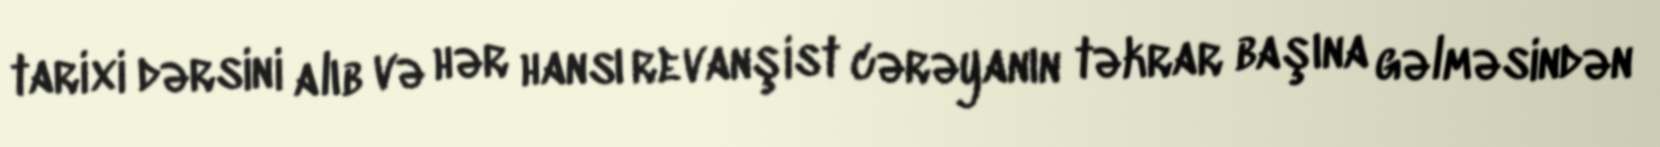
tarixi dərsini alıb və hər hansı revanşist cərəyanın təkrar başına gəlməsindən